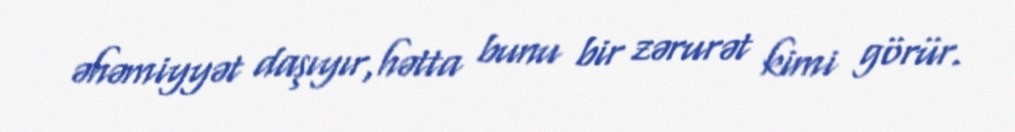
əhəmiyyət daşıyır,hətta bunu bir zərurət kimi görür.